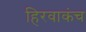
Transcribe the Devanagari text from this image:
हिरवाकंच